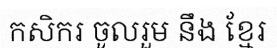
កសិករ ចូលរួម នឹង ខ្មែរ